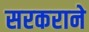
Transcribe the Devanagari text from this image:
सरकराने